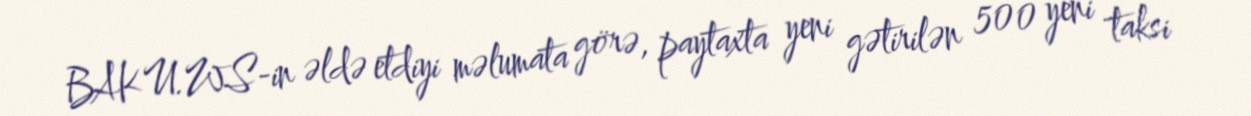
BAKU.WS-in əldə etdiyi məlumata görə, paytaxta yeni gətirilən 500 yeni taksi